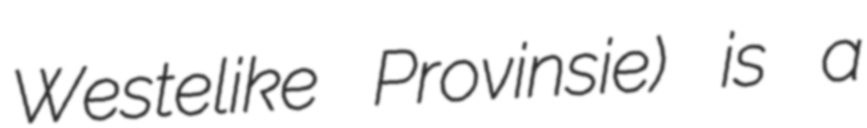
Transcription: Westelike Provinsie) is a